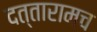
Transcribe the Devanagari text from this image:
दत्तारामच